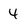
Character: 4